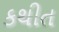
કથીત